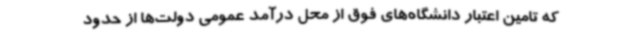
که تامین اعتبار دانشگاه‌های فوق از محل درآمد عمومی دولت‌ها از حدود